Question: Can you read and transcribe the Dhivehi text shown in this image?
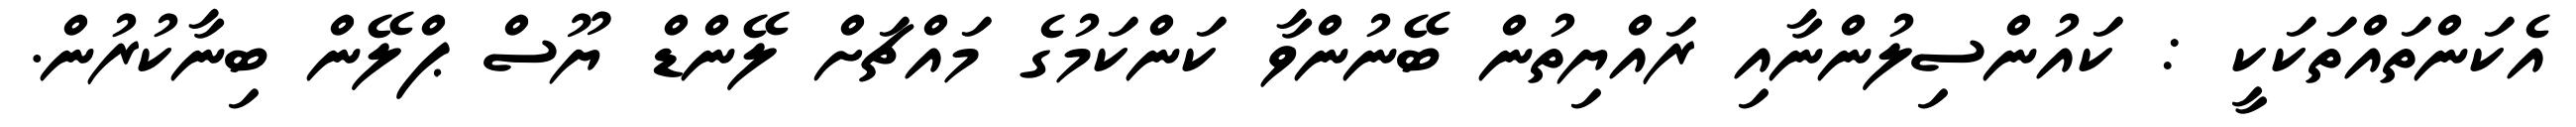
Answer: އެކަންތައްތަކަކީ : ކައުންސިލުންނާއި ރައްޔިތުން ބޭނުންވާ ކަންކަމުގެ މައްޗަށް ލޭންޑް ޔޫސް ޕްލޭން ބިނާކުރުން.